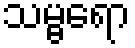
သမ္ဗရော